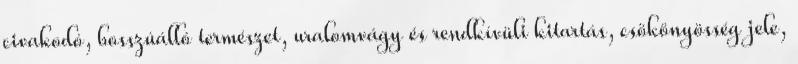
civakodó, bosszúálló természet, uralomvágy és rendkívüli kitartás, csökönyösség jele,